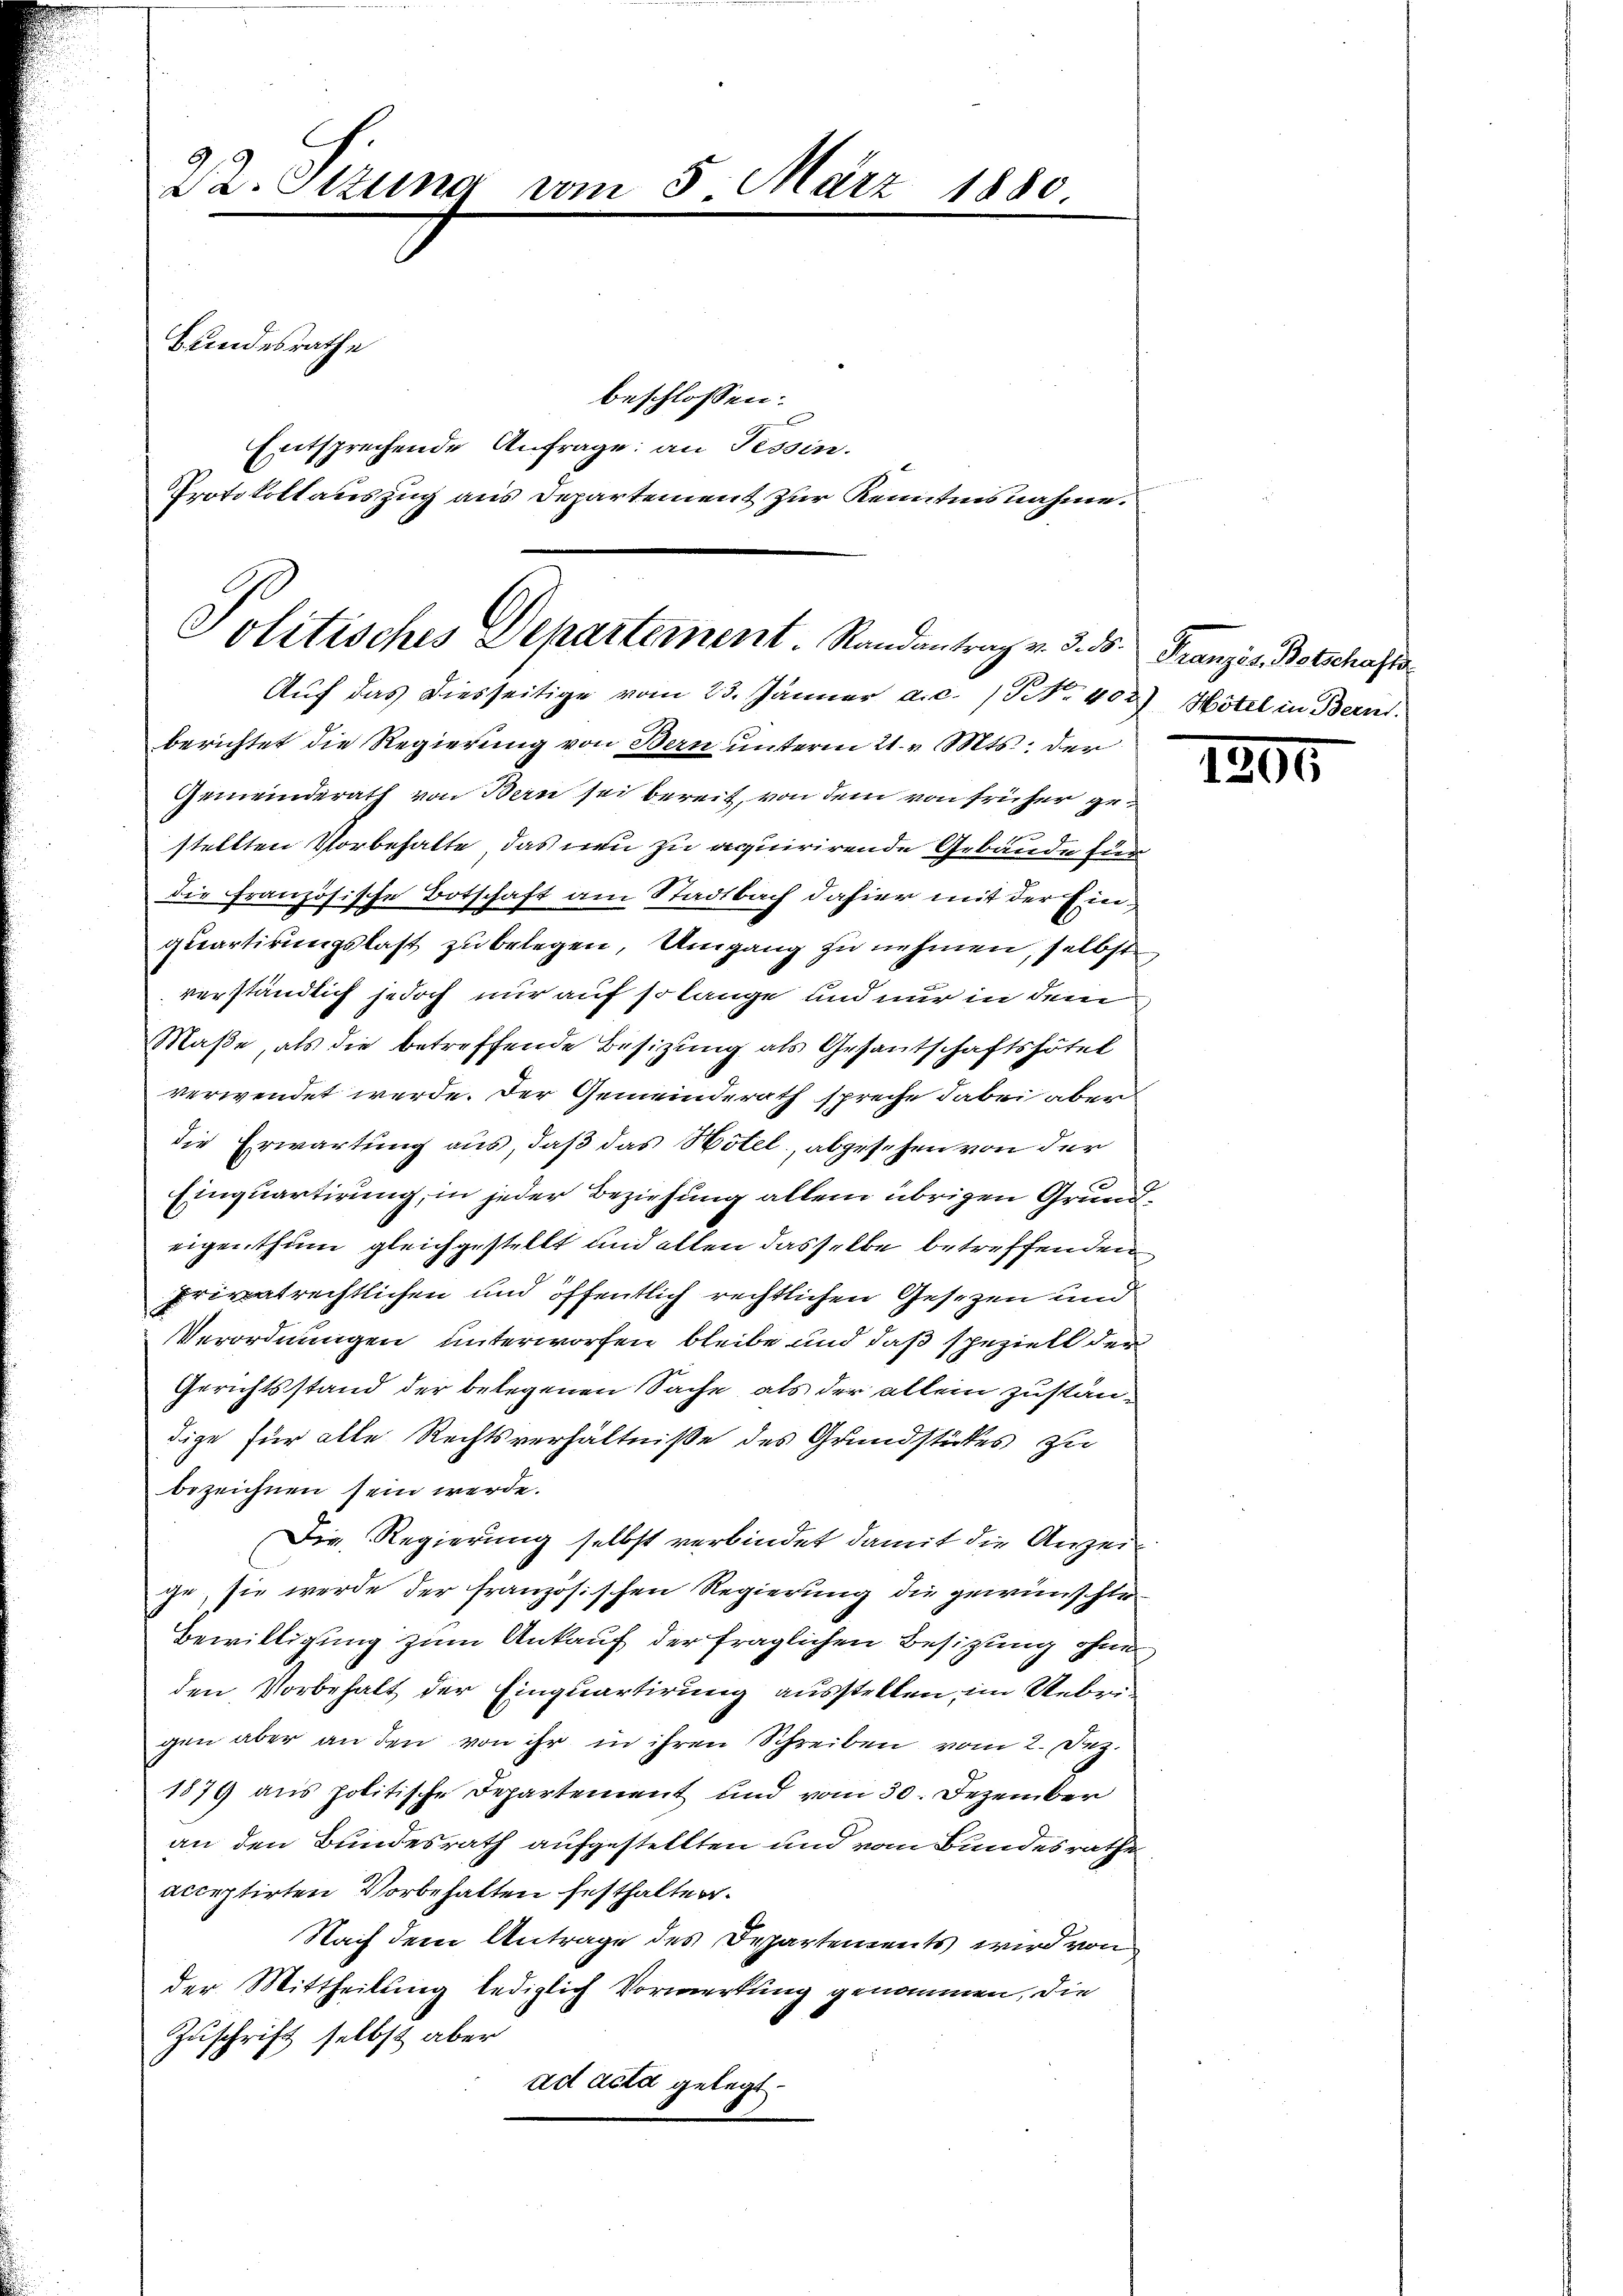
Dr. Otzung vom 5. März 1880
Bundesrathe
beschlossen:
Entsprechende Anfrage: an Tessin.
Protokollauszug aus Departement zur Kenntnisnahme.

Politisches Departement. Randantrag v. 3. ds. Französ. Botschafts
Auf das diesseitige vom 23. Jänner a.c. / NNo. 452) Hotel in Bern.

berichtet die Regierung von Bern unterm 21. v. Mts. der
Gemeinderath von Bern sei bereit, von dem von früher gestellten Vorbehalte, das neu zu acquirirende Gebäude für
die französische Botschaft am Stadtbach dahier mit der Einquartirungslast zu belegen, Umgang zu nehmen, selbst
verständlich jedoch nur auf so lange und nur in dem
Maße, als die betreffende Besizung als Gesantschaftshötel
verwendet werde. Der Gemeinderath spreche dabei aber
die Erwartung aus, daß das Hotel, abgesehen von der
Einquartirung, in jeder Beziehung allein übrigen Grundeigenthum gleichgestellt und alten dasselbe betreffenden
privatrechtlichen und öffentlich rechtlichen Gesezen und
Verordnungen unterworfen bleibe und daß speziell der
Gerichtsstand der belegenen Sache, als der allein zuständige für alle Rechtsverhältniße des Grundstückes zu
bezeichnen sein werde.
Die Regierung selbst verbindet damit die Anzeige, sie werde der französischen Regierung die gewünschte¬
Bewilligung zum Ankauf der fraglichen Besitzung ohne
den Vorbehalt der Einquartirung ausstellen, im Uebrigen aber an den von ihr in ihren Schreiben vom 2. Dez.
1879 aus politische Departement und vom 30. Dezember
an den Bundesrath aufgestellten und vom Bundesrathe
acceptirten Vorbehalten festhalten.
Nach dem Antrage des Departements wird von
der Mittheilung lediglich Vormerkung genommen, die
Zuschrift selbst aber
ad acta gelegt.

1800